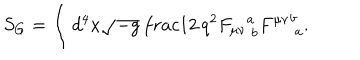
LaTeX: S _ { G } = \int d ^ { 4 } x \sqrt { - g } \, \frac { 1 } { 2 \, q ^ { 2 } } { F _ { \mu \nu } } _ { \ b } ^ { a } { F ^ { \mu \nu } } _ { \ a } ^ { b } .